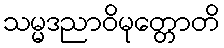
သမ္မဒညာဝိမုတ္တောတိ